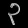
Digit: ၃